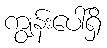
ကျွန်းပေါ်ရှိ